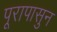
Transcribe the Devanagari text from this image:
पूरापासुन